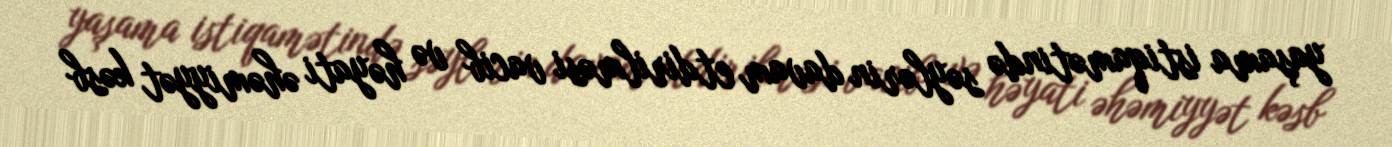
yaşama istiqamətində səylərin davam etdirilməsi vacib və həyati əhəmiyyət kəsb